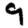
Digit: 9